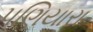
પણિયારા